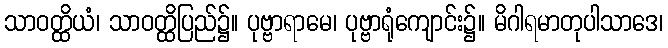
သာဝတ္ထိယံ၊ သာဝတ္ထိပြည်၌။ ပုဗ္ဗာရာမေ၊ ပုဗ္ဗာရုံကျောင်း၌။ မိဂါရမာတုပါသာဒေ၊